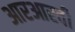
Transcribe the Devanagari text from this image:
आरआरवी